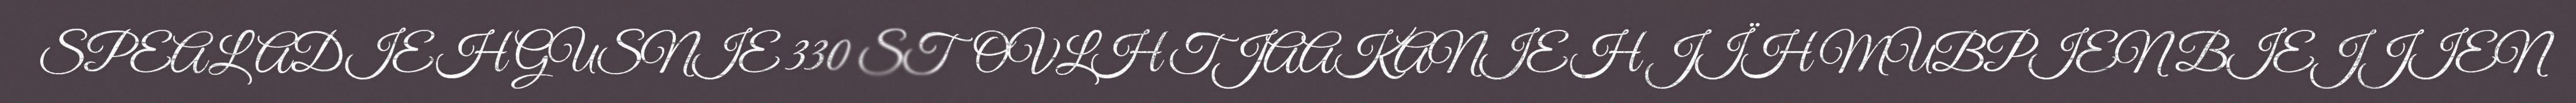
SPEALADIEH GUSNIE 330 STOVLH TJAAKANIEH JÏH MUBPIEN BIEJJIEN